Senior Leaving Certificate Examination (including Day School Certificate (Higher) General paper), 1947
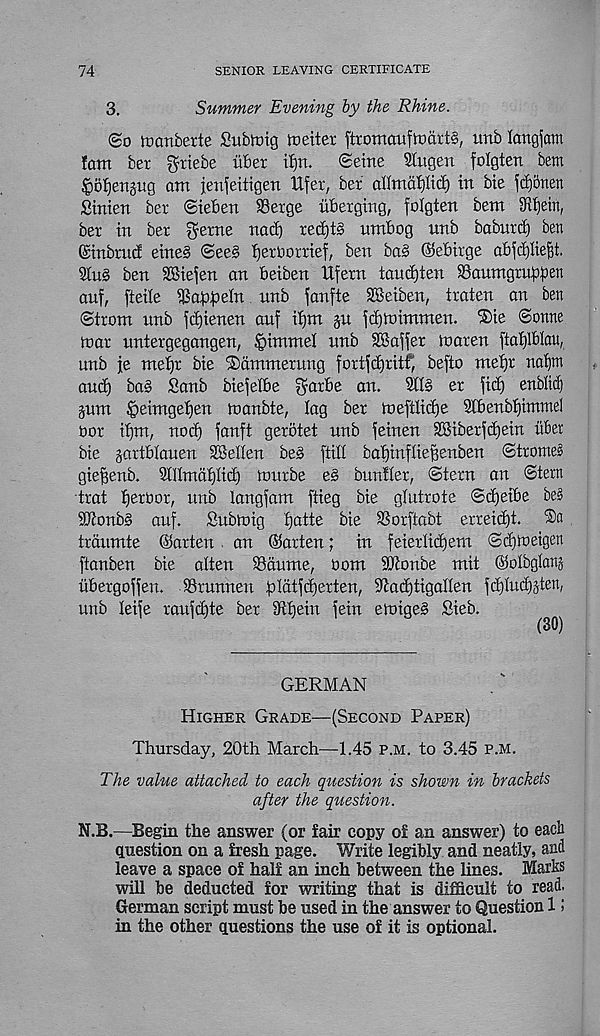
74
SENIOR LEAVING CERTIFICATE
3.
Summer Evening by the Rhine.
(£o memberte Subtnig meiter [tromaufmart§, unb Icmgfam
!am ber griebe iiber itjn.
(Seine Hugen folgten bem
fsoJienjug ant jenfeitigen lifer, ber aUtnapcf) in bie fdjonen
Sinien ber ©ieben S3erge uberging, folgten bem Stfjein,
ber in ber f^erne nad) red)tg nmbog nnb baburdf ben
(Sinbrnc! eine§ (Sees fjeroorrief, ben baS ©ebirge abfcpefjt.
9lu§ ben SBiefen an beiben Ufern tand)ten SSaumgrnpben
auf, fteile $abb e^
fcmfte SBeiben, traten an ben
Strom nnb fdfienen auf itjm §u fdjtoimmen. ®ie Sonne
mar untergegangen, §immel nnb Staffer maren ftatjlblau,
unb fe metjr bie Dammerung fortfdjritf, befio metjr na!)m
and) ba§ Sanb biefetbe garbe an.
Stl§ er fid) enblief)
pm §eimgepn manbte, lag ber mefdidje Stbenbtjimmel
bor ifjm, nod) fanft gerbtet nnb feinen 3Biberfd)ein itbet
bie gartblanen SBeKen beS ftill bafjinflie^enben Stromes
gie^enb. SDImafilid) mnrbe es bunfier, Stern an Stern
trat tjerbor, nnb langfam ftieg bie glutrote Sd)eibe be§
ibtonbS auf.
Submig fjatte bie SSorftabt erreid)t. 2)a
traumte ©arten an ©arten; in feierlidjem Sd)meigen
ftanben bie alien SSdume, bom SDtonbe mit ©olbglanj
itbergoffeu. SSrnnnen pldtfdjerten, StadjtigaHen fdjludjjten,
nnb leife ranfdjte ber 3ftf)ein fein emigeS Sieb.
GERMAN
Higher Grade—(Second Paper)
Thursday, 20th March—1.45 p.m. to 3.45 p.m.
The value attached to each question is shown in brackets
after the question.
N.B.—Begin the answer (or fair copy of an answer) to each
question on a fresh page. Write legibly and neatly, and
leave a space of half an inch between the lines. Marks
will be deducted for writing that is difficult to read.
German script must be used in the answer to Question 1!
in the other questions the use of it is optional.